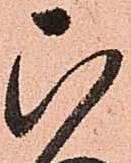
ひ